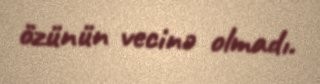
özünün vecinə olmadı.